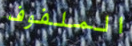
الملفوف